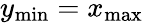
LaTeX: y_{\mathrm{min}}=x_{\mathrm{max}}